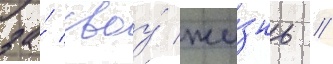
за́ своу́ жи́знь //